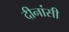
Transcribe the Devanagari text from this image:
दीनांसी